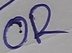
Text: OR